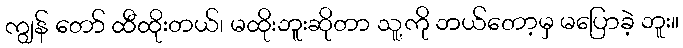
ကျွန် တော် ထီထိုးတယ်၊ မထိုးဘူးဆိုတာ သူ့ကို ဘယ်တော့မှ မပြောခဲ့ ဘူး။